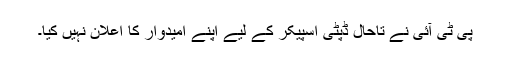
پی ٹی آئی نے تاحال ڈپٹی اسپیکر کے لیے اپنے امیدوار کا اعلان نہیں کیا۔